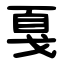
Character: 戛